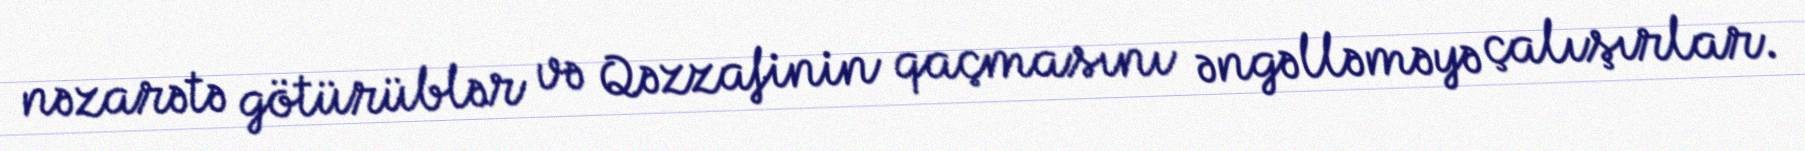
nəzarətə götürüblər və Qəzzafinin qaçmasını əngəlləməyə çalışırlar.